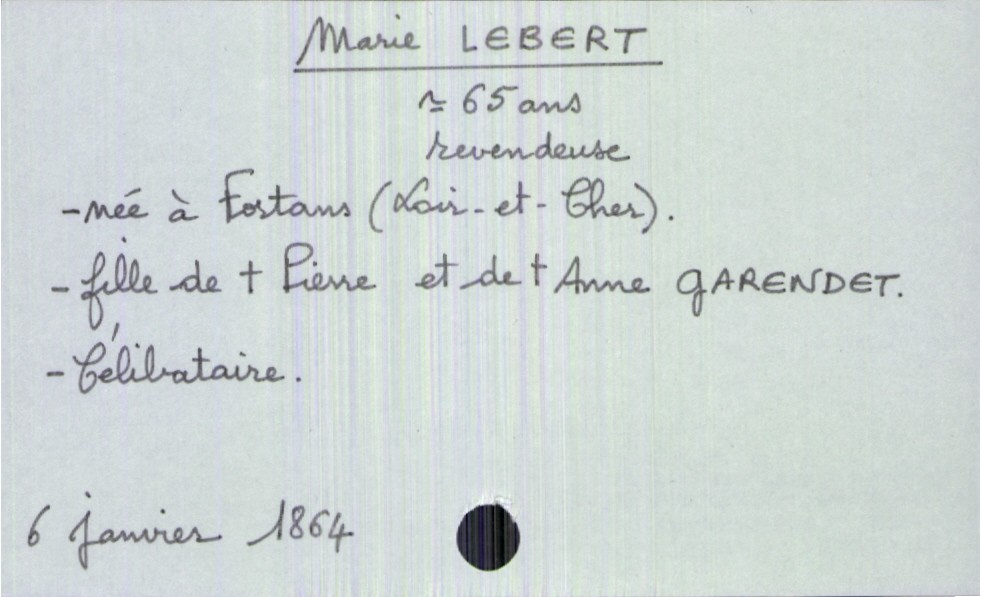
type_acte: Décès
année: 1864
mois: janvier
jour: 6
défunt_nom: Lebert
défunt_prénom: Marie
défunt_sexe: F
défunt_âge: 65 ans
défunt_profession: revendeuse
défunt_lieu_de_naissance: Fortans (Loir-et-Cher)
défunt_statut: célibataire
père_défunt_nom: Lebert
père_défunt_prénom: Pierre
père_défunt_statut: décédé
mère_défunt_nom: Garendet
mère_défunt_prénom: Anne